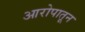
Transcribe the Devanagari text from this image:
आरोपातून